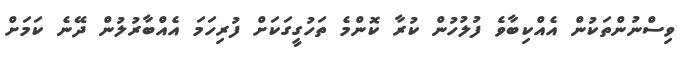
ވިސްނުންތަކުން އެއްކިބާވެ ފުލުހުން ކުރާ ކޮންމެ ތަހުގީގަކަށް ފުރިހަމަ އެއްބާރުލުން ދޭނެ ކަމަށް